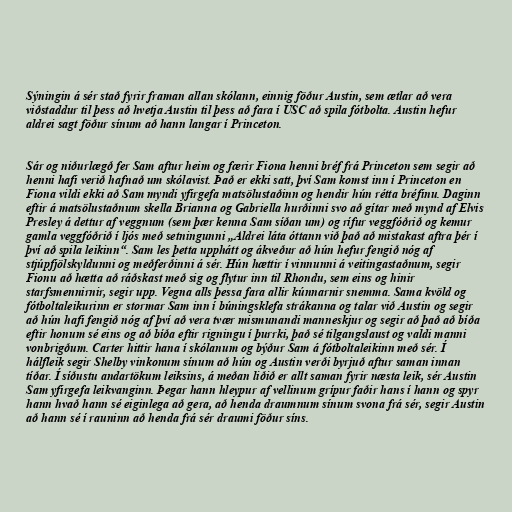
Sýningin á sér stað fyrir framan allan skólann, einnig föður Austin, sem ætlar að vera
viðstaddur til þess að hvetja Austin til þess að fara í USC að spila fótbolta. Austin hefur
aldrei sagt föður sínum að hann langar í Princeton.

Sár og niðurlægð fer Sam aftur heim og færir Fiona henni bréf frá Princeton sem segir að
henni hafi verið hafnað um skólavist. Það er ekki satt, því Sam komst inn í Princeton en
Fiona vildi ekki að Sam myndi yfirgefa matsölustaðinn og hendir hún rétta bréfinu. Daginn
eftir á matsölustaðnum skella Brianna og Gabriella hurðinni svo að gítar með mynd af Elvis
Presley á dettur af veggnum (sem þær kenna Sam síðan um) og rífur veggfóðrið og kemur
gamla veggfóðrið í ljós með setningunni „Aldrei láta óttann við það að mistakast aftra þér í
því að spila leikinn“. Sam les þetta upphátt og ákveður að hún hefur fengið nóg af
stjúpfjölskyldunni og meðferðinni á sér. Hún hættir í vinnunni á veitingastaðnum, segir
Fionu að hætta að ráðskast með sig og flytur inn til Rhondu, sem eins og hinir
starfsmennirnir, segir upp. Vegna alls þessa fara allir kúnnarnir snemma. Sama kvöld og
fótboltaleikurinn er stormar Sam inn í búningsklefa strákanna og talar við Austin og segir
að hún hafi fengið nóg af því að vera tvær mismunandi manneskjur og segir að það að bíða
eftir honum sé eins og að bíða eftir rigningu í þurrki, það sé tilgangslaust og valdi manni
vonbrigðum. Carter hittir hana í skólanum og býður Sam á fótboltaleikinn með sér. Í
hálfleik segir Shelby vinkonum sínum að hún og Austin verði byrjuð aftur saman innan
tíðar. Í síðustu andartökum leiksins, á meðan liðið er allt saman fyrir næsta leik, sér Austin
Sam yfirgefa leikvanginn. Þegar hann hleypur af vellinum grípur faðir hans í hann og spyr
hann hvað hann sé eiginlega að gera, að henda draumnum sínum svona frá sér, segir Austin
að hann sé í rauninn að henda frá sér draumi föður síns.